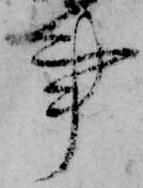
事